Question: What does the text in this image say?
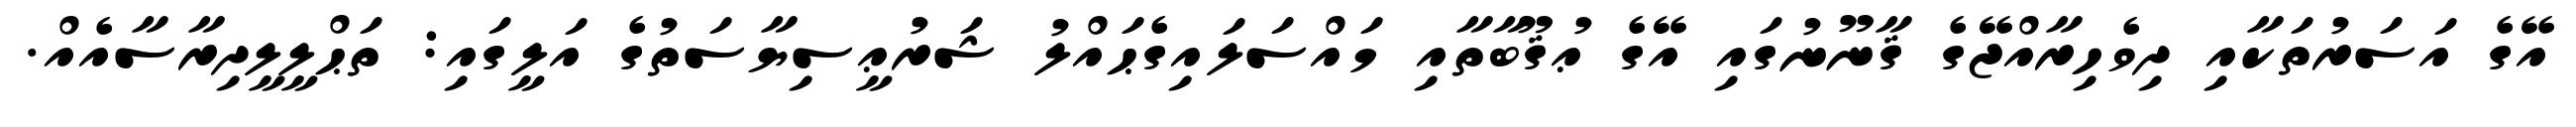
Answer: އޭގެ އަސަރުތަކާއި ދިވެހިރާއްޖޭގެ ޤާނޫނުގައި އޭގެ ޢުޤޫބާތާއި މައްސަލައިގެޙައްލު ޝަރުޢީސިޔާސަތުގެ އަލީގައި: ތަޙްލީލީދިރާސާއެއް.